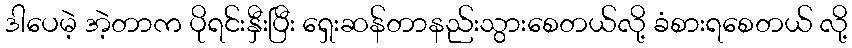
ဒါပေမဲ့ အဲ့တာက ပိုရင်းနှီးပြီး ရှေးဆန်တာနည်းသွားစေတယ်လို့ ခံစားရစေတယ် လို့